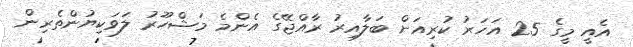
އެއީ މީގެ 25 އަހަރު ކުރިއަށް ބަލާއިރު ރާއްޖޭގެ އެންމެ މަޝްހޫރު ލަވަކިޔުންތެރިން